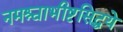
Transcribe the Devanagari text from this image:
नमश्चाभीष्टसिद्धये